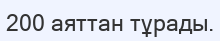
200 аяттан тұрады.